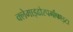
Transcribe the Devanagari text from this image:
क्लेमाइढोस्पर्मोफाइटा